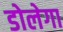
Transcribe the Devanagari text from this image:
डोलेगा